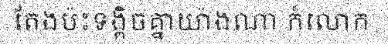
តែងប៉ះទង្គិចគ្នាយ៉ាងណា ក៏លោក